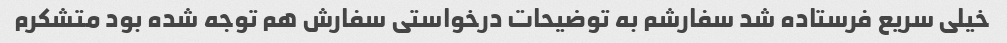
خیلی سریع فرستاده شد سفارشم به توضیحات درخواستی سفارش هم توجه شده بود متشکرم